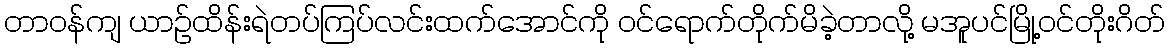
တာဝန်ကျ ယာဉ်ထိန်းရဲတပ်ကြပ်လင်းထက်အောင်ကို ဝင်ရောက်တိုက်မိခဲ့တာလို့ မအူပင်မြို့ဝင်တိုးဂိတ်